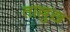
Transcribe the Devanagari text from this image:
ताल्लुख़